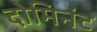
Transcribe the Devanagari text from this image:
दोमिनंट